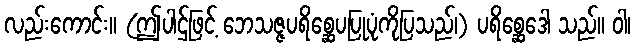
လည်းကောင်း။ (ဤပါဌ်ဖြင့် ဘေသဇ္ဇပရိစ္ဆေပပြုပုံကိုပြသည်၊) ပရိစ္ဆေဒေါ သည်။ ဝါ၊